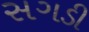
સગડી